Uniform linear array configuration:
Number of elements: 16
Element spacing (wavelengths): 0.25
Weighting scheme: binomial
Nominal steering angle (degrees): -15
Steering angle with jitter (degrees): -15.396
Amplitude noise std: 0.05
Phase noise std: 0.05

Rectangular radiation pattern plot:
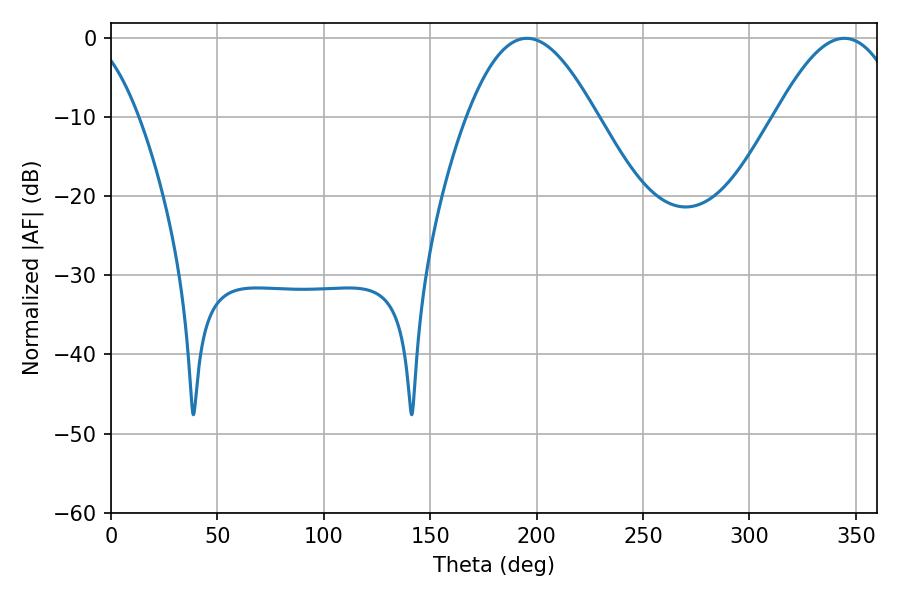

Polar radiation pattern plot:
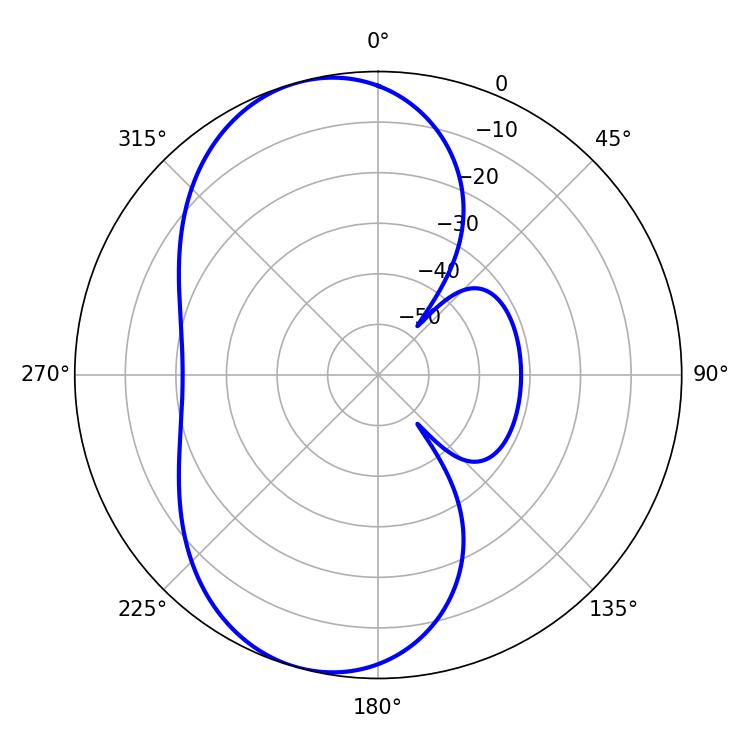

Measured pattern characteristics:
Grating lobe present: FALSE
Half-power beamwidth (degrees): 32.94
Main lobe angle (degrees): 195.48